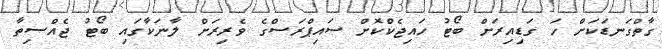
ގާތްގަނޑަކަށް ހަ ގަޑިއިރަށް ބޯޓު ހައިޖެކްކޮށް ސައިޕްރަސްގެ ވެރިރަށް ލާނަކާގައި ބޯޓު ޖެއްސިތާ